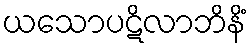
ယသောပဋိလာဘိနိံ